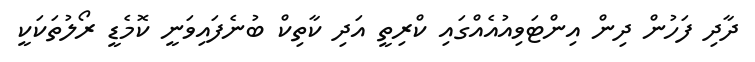
ދާދި ފަހުން ދިން އިންޓަވިއުއެއްގައި ކްރިތީ އަދި ކާތިކް ބުނެފައިވަނީ ކޮމެޑީ ރޯލުތަކަކީ